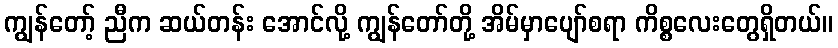
ကျွန်တော့် ညီက ဆယ်တန်း အောင်လို့ ကျွန်တော်တို့ အိမ်မှာပျော်စရာ ကိစ္စလေးတွေရှိတယ်။